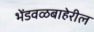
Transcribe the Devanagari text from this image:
भेंडवळबाहेरील